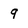
Character: 9